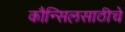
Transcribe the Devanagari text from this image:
कौन्सिलसाठीचे